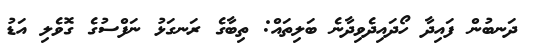
ދަނބުން ފައިދާ ހޯދައިދެވިދާނެ ބަލިތައް: ތިބާގެ ރަނގަޅު ނަފްސުގެ ގޮވެލި އަޑު